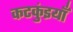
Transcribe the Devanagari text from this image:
कटकुंइयाँ